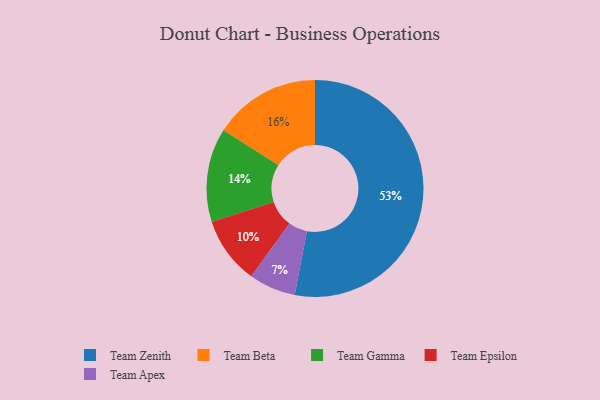
{"axis": {"x": "Category", "y": "Percentage"}, "legend": ["Team Apex", "Team Beta", "Team Epsilon", "Team Gamma", "Team Zenith"], "data": [{"x": "Team Apex", "y": 7, "type": "Team Apex"}, {"x": "Team Zenith", "y": 53, "type": "Team Zenith"}, {"x": "Team Beta", "y": 16, "type": "Team Beta"}, {"x": "Team Gamma", "y": 14, "type": "Team Gamma"}, {"x": "Team Epsilon", "y": 10, "type": "Team Epsilon"}]}